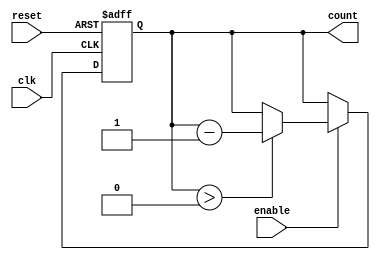
module down_counter (
    input wire clk,          // Clock signal
    input wire enable,       // Enable signal
    input wire reset,        // Asynchronous reset signal
    output reg [N-1:0] count // Current count value
);
    parameter N = 8; // Specify the maximum value (N) for the counter

    // Asynchronous reset
    always @(posedge clk or posedge reset) begin
        if (reset) begin
            count <= N; // Reset the counter to N
        end else if (enable) begin
            if (count > 0) begin
                count <= count - 1; // Decrement the counter
            end
            // If count is 0, it holds at 0, no decrement
        end
        // If enable is low, retain the current value
    end
endmodule